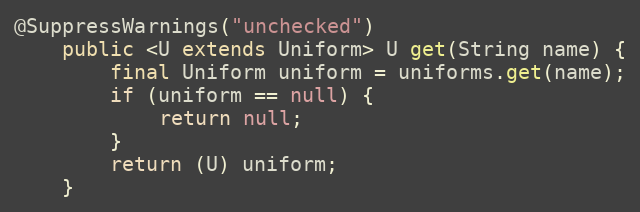
Language: Java
@SuppressWarnings("unchecked")
    public <U extends Uniform> U get(String name) {
        final Uniform uniform = uniforms.get(name);
        if (uniform == null) {
            return null;
        }
        return (U) uniform;
    }